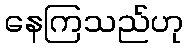
နေကြသည်ဟု